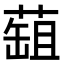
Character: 䔘